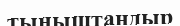
тыныштандыр